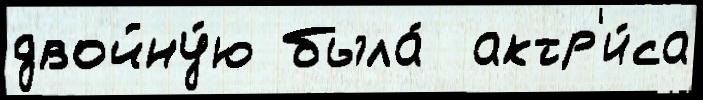
двойну́ю была́  актр'и́са